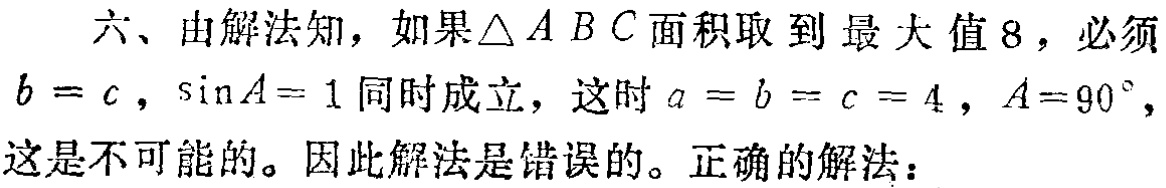
六、由解法知，如果$\triangle ABC$面积取到最大值$8$，必须
$b = c$，$\sin A = 1$同时成立，这时$a = b = c = 4$，$A = 90^{\circ}$，
这是不可能的。因此解法是错误的。正确的解法：